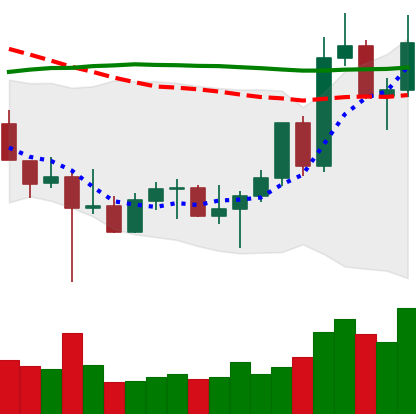
Ticker: LTC-USD
Chart end date: 2022-10-29
Forward return: 9.603%
Label: up_7plus